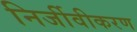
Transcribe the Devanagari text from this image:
निर्जीवीकरण